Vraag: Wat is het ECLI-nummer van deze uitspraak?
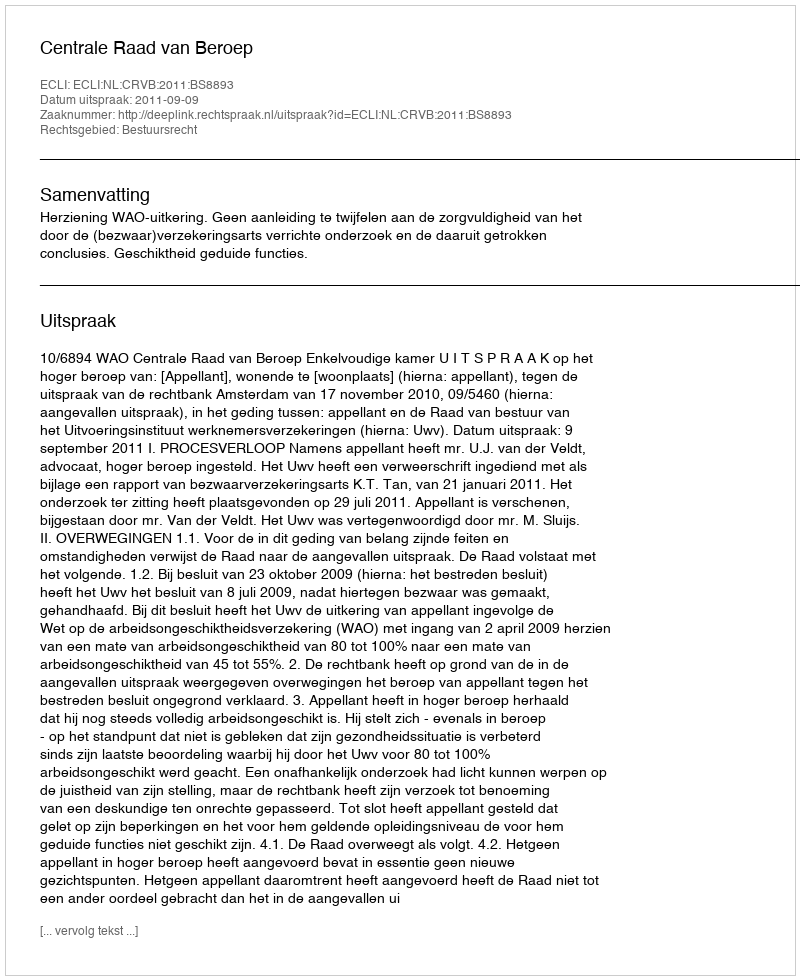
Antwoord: ECLI:NL:CRVB:2011:BS8893